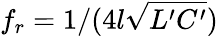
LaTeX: f_{r}=1/(4l\sqrt{L^{\prime}C^{\prime}})